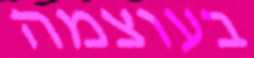
בעוצמה